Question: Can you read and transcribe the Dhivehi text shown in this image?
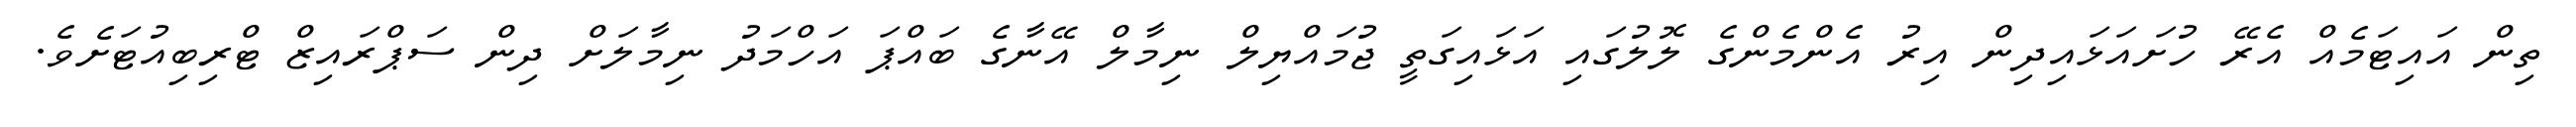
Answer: ތިން އައިޓަމެއް އެރޭ ހުށައަޅައިދިން އިރު އެންމެންގެ ލޮލުގައި އަޅައިގަތީ ޖުމައްޔިލް ނިމާލް އޭނާގެ ބައްޕަ އަހްމަދު ނިމާލަށް ދިން ސަޕްރައިޒް ޓްރިބިއުޓަށެވެ.